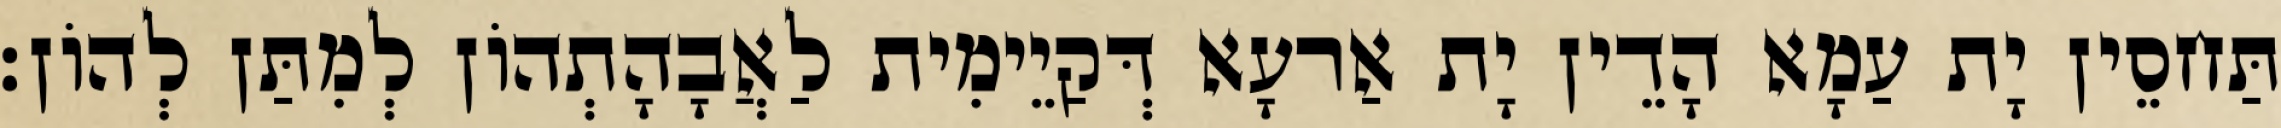
תַּחסֵין יָת עַמָא הָדֵין יָת אַרעָא דְּקַיֵימִית לַאֲבָהָתְהוֹן לְמִתַּן לְהוֹן׃